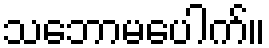
သဘောမပေါက်။